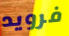
فرويد